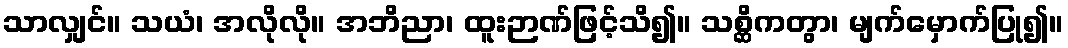
သာလျှင်။ သယံ၊ အလိုလို။ အဘိညာ၊ ထူးဉာဏ်ဖြင့်သိ၍။ သစ္ဆိကတွာ၊ မျက်မှောက်ပြု၍။